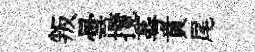
叛曇攬蕚賁尾